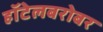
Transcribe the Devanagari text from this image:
हॉटेलबरोबर